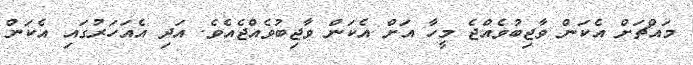
މައްޗަށް އެކަން ވާޖިބުވެއްޖެ މީހާ އަށް އެކަން ވާޖިބުވެއްޖެއެވެ. އަދި އެއަހަރުގައި އެކަން